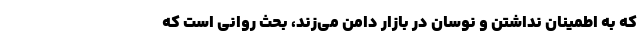
که به اطمینان نداشتن و نوسان در بازار دامن می‌زند، بحث روانی است که